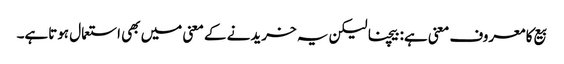
بیع کا معروف معنی ہے: بیچنا لیکن یہ خریدنے کے معنی میں بھی استعمال ہوتاہے۔